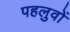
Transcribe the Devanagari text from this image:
पहलुवों